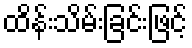
ထိန်းသိမ်းခြင်းဖြင့်